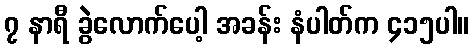
၇ နာရီ ခွဲလောက်ပေါ့ အခန်း နံပါတ်က ၄၁၅ပါ။